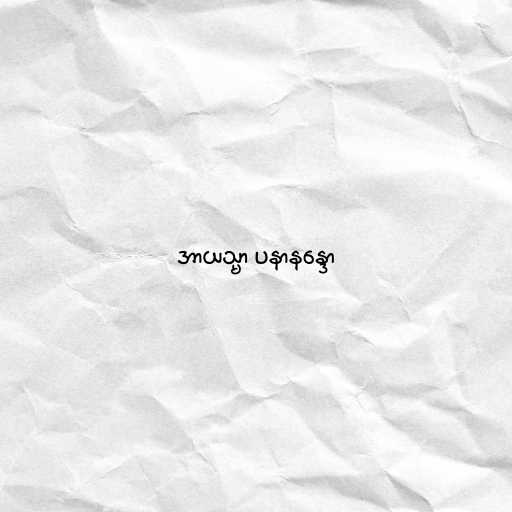
အာယသ္မာ ပနာနန္ဒော